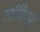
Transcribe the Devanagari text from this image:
संजिन्स